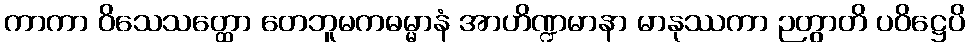
ကာကာ ဝိသေသတ္ထော တေဘူမကဓမ္မာနံ အာဟိဏ္ဍမာနာ မာနုဿကာ ဉတွာတိ ပဝိဋ္ဌေပိ